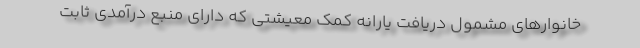
خانوارهای مشمول دریافت یارانه کمک معیشتی که دارای منبع درآمدی ثابت